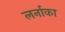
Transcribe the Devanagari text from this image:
लर्नाका